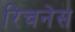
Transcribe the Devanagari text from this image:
रिचनेस